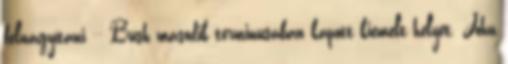
felnagyítani -- Bush második terminusában kapott kiemelt helyet. John